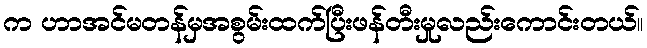
က ဟာအင်မတန်မှအစွမ်းထက်ပြီးဖန်တီးမှုလည်းကောင်းတယ်။